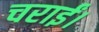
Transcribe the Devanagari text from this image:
चराईं।